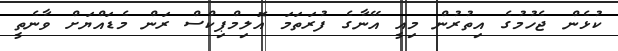
ކުޅެން ޖެހުމުގެ އިތުރުން މިއީ އޭނާގެ ފުރަތަމަ އޮލިމްޕިކްސް ރަން މެޑައްޔަށް ވާނެތީ